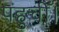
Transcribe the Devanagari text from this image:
पहुचीँ।